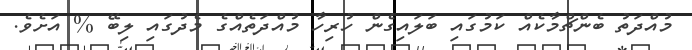
މުއްދަތު ބެންޗްމާކެއް ކަމުގައި ބަލައިގެން ހުރިހާ މުއްދަތެއްގެ މެދުގައި ލިބޭ % އަށެވެ.